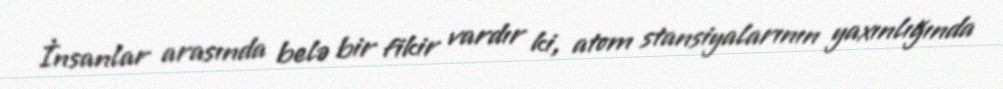
İnsanlar arasında belə bir fikir vardır ki, atom stansiyalarının yaxınlığında